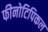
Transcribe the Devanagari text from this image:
फीनोटिपिकल